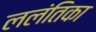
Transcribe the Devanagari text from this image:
ललंतिका